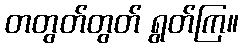
တတွတ်တွတ် ရွတ်ကြ။